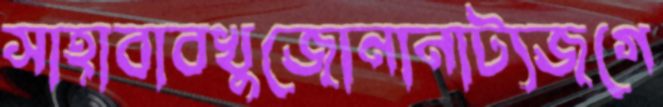
সাহাবাবখুজোনানাট্যজগে